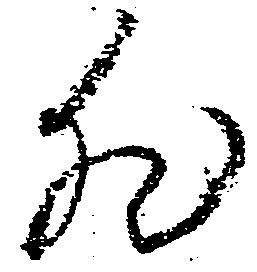
然